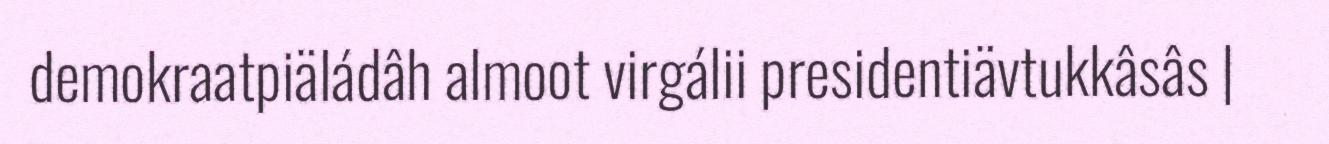
demokraatpiäládâh almoot virgálii presidentiävtukkâsâs |